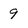
Character: 9